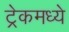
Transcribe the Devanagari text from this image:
ट्रेकमध्ये